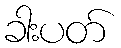
ခါးပတ်